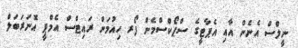
ނީލްސް އެނެން އާއި އެޕާޓީގެ ސްޕޯކްސްމެން ފޯރ ހިއުމަން ރައިޓްސް އެމްޕީ އޮނަރަބަލް